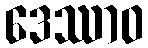
ဒေဿာဝ